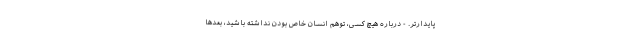
پایدارتر. - درباره هیچ کسی، توهم انسان خاص بودن نداشته باشید، بعدها